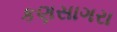
કણસાગરા